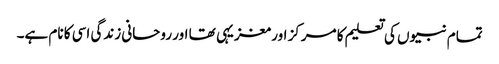
تمام نبیوں کی تعلیم کا مرکز اور مغزیہی تھا اور روحانی زندگی اسی کا نام ہے۔